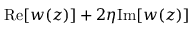
\mathrm { R e } [ w ( z ) ] + 2 \eta \mathrm { I m } [ w ( z ) ]